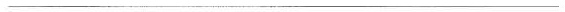
___